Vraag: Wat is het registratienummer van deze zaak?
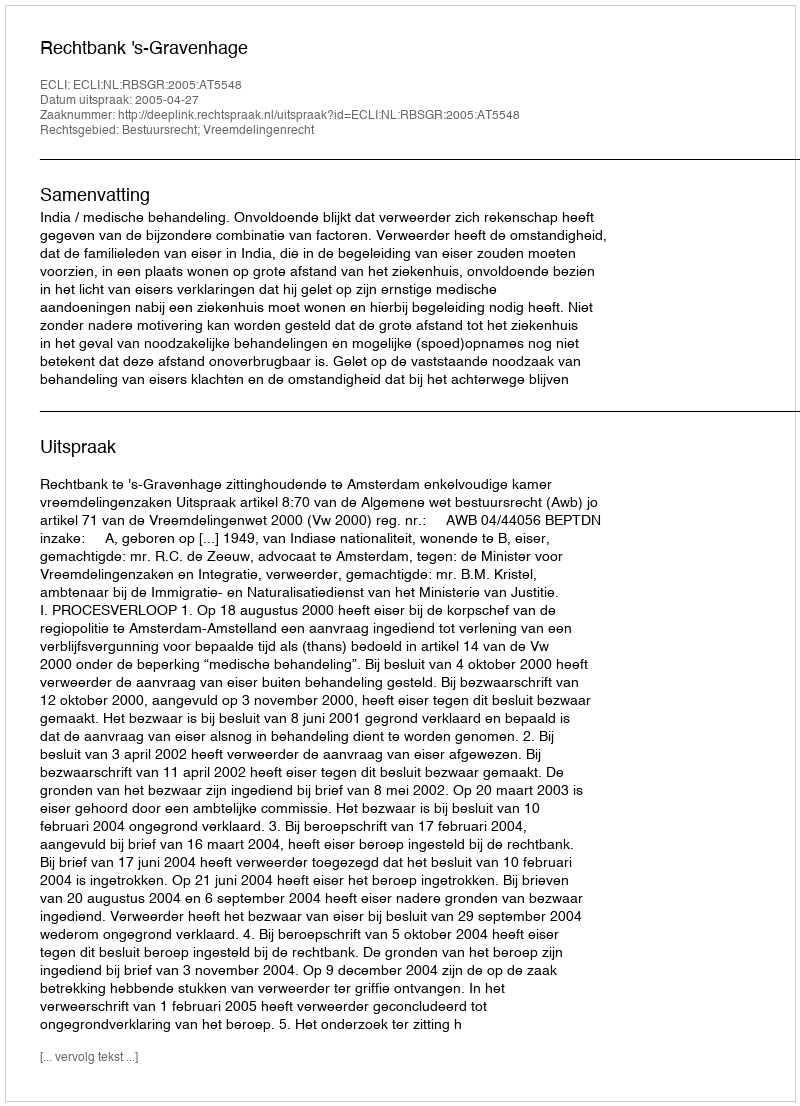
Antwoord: http://deeplink.rechtspraak.nl/uitspraak?id=ECLI:NL:RBSGR:2005:AT5548